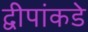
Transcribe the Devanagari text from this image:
द्वीपांकडे